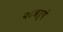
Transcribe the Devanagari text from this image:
२८वर्षे